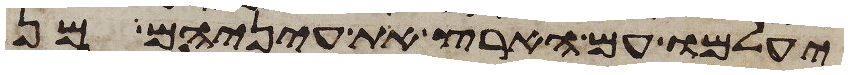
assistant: יעלמו עם הארץ את עיניהם מן